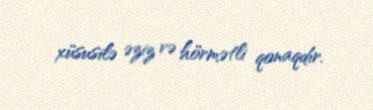
xüsusilə əziz və hörmətli qonaqdır.